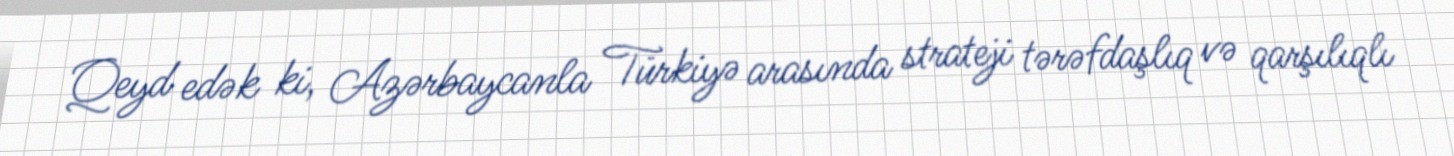
Qeyd edək ki, Azərbaycanla Türkiyə arasında strateji tərəfdaşlıq və qarşılıqlı